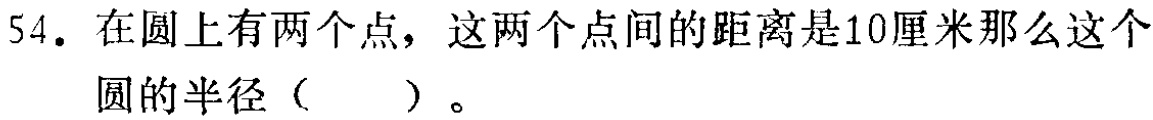
54. 在圆上有两个点，这两个点间的距离是10厘米那么这个圆的半径（  ）。